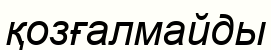
қозғалмайды